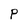
Character: P